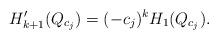
LaTeX: \begin{align*}H_{k+1}'(Q_{c_j})=(-c_j)^{k}H_{1}(Q_{c_j}).\end{align*}